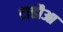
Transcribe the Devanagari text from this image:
टाहौआ